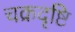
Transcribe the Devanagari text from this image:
चक्रदृष्टि